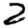
Digit: 2